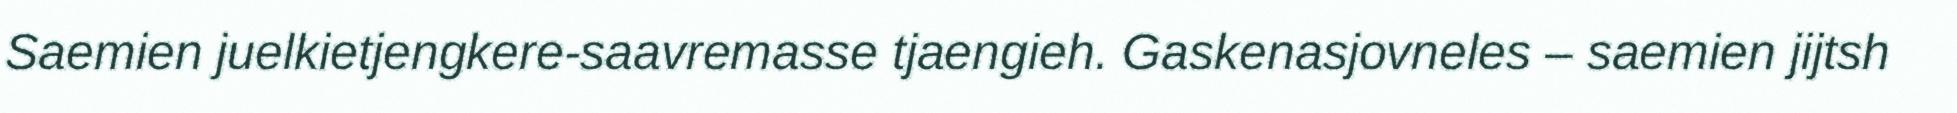
Saemien juelkietjengkere-saavremasse tjaengieh. Gaskenasjovneles – saemien jijtsh